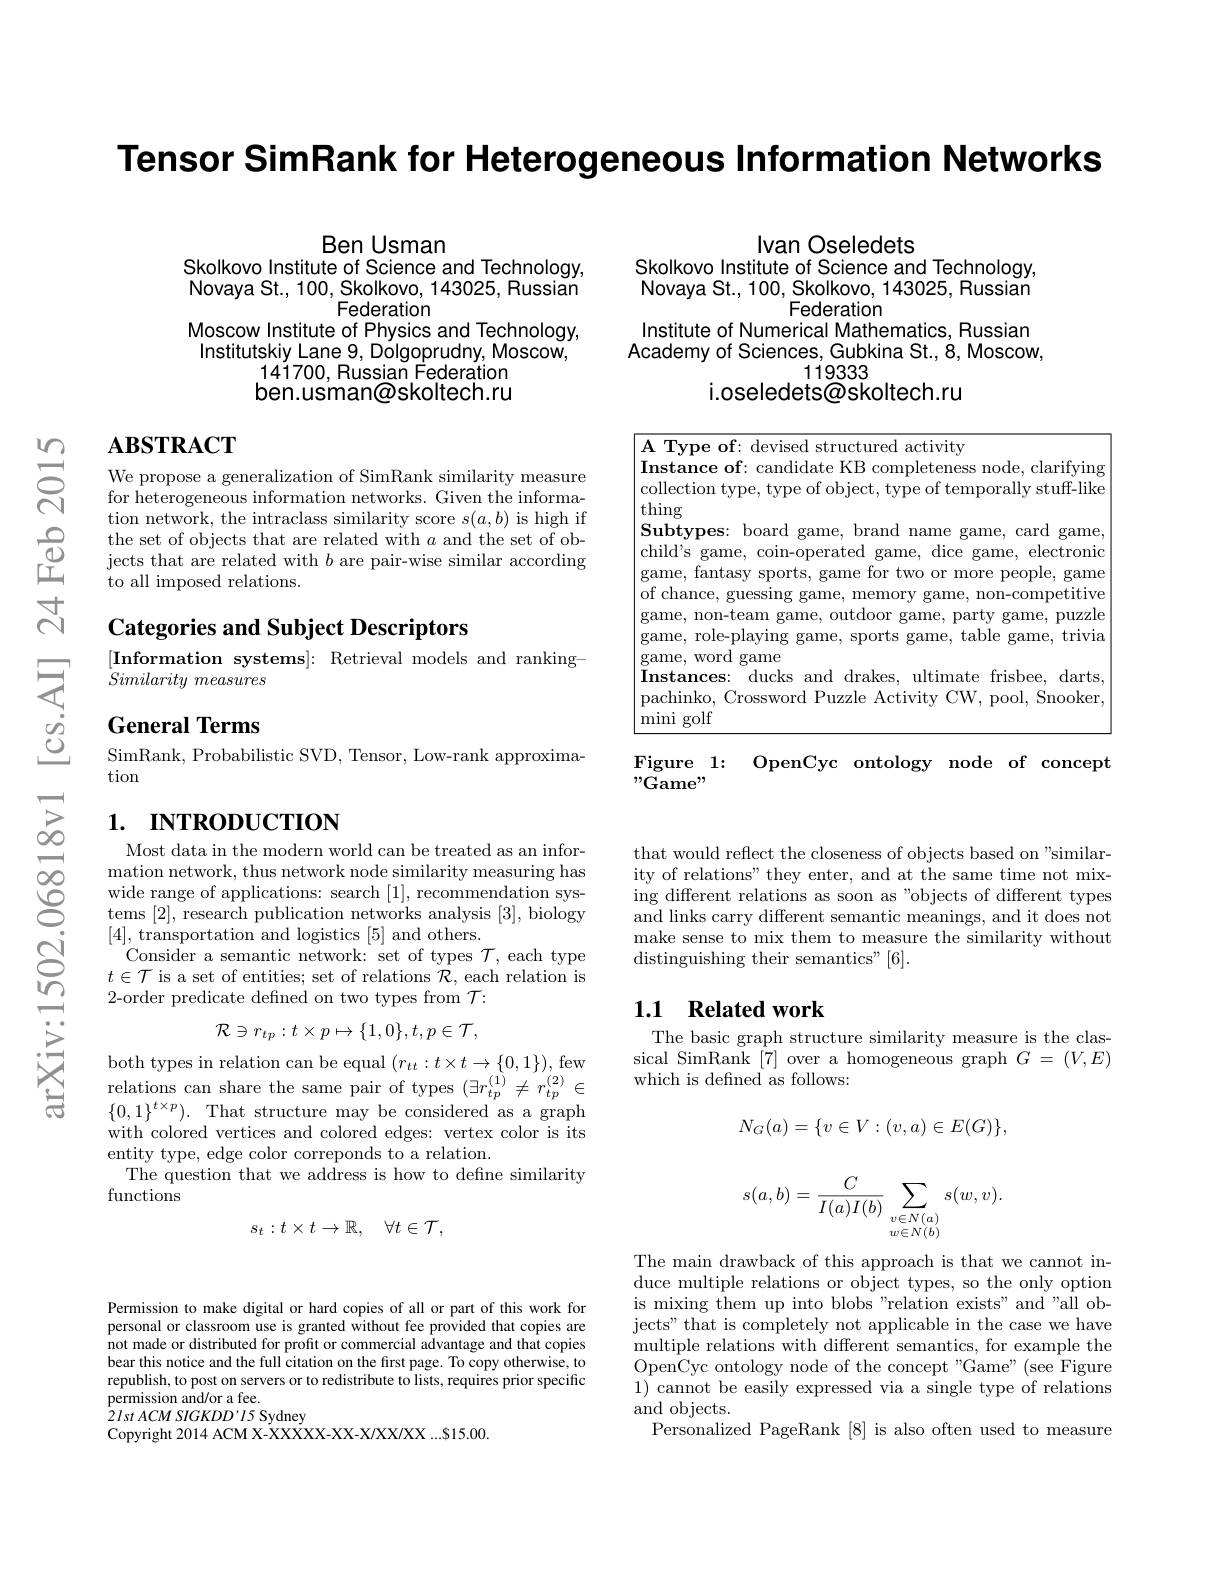
Tensor SimRank for Heteroqeneous Information Networks

$હ્રિં$

Ben Usman
Skolkovo Institute of Science and Technology, Novaya St., 100, Skolkovo, 143025, Russian
Federation
Moscow Institute of Physics and Technology, Institutskiy Lane 9, Dolgoprudny, Moscow,
$14\dot{1}700$, Russian Federation ben.usman@skoltech.ru

## $\mathbf{ABSTRACT}$

We propose a generalization of SimRank similarity measure for heterogeneous information networks. Given the information network, the intraclass similarity score $s(a,b)$ is high if
$\begin{array}{ccc}\text{ the set of objects that are related with }a\text{ and the set of ob-}\\\text{立}&\text{ jects that are related with }b\text{ are pair-wise similar according}\\\text{to all imposed relations.}\end{array}$
to all imposed relations.

Categories and Subject Descriptors

[Information systems]: Retrieval models and ranking-
$Similarity\textit{ measures}$

General Terms

SimRank, Probabilistic SVD, Tensor, Low-rank approxima-
tion

## 1. INTRODUCTION

Most data in the modern world can be treated as an information network, thus network node similarity measuring has wide range of applications: search [1], recommendation systems [2], research publication networks analysis [3], biology [4], transportation and logistics [5] and others.
Consider a semantic network: set of types $\mathcal{T}$, each type $t\in\mathcal{T}$ is a set of entities; set of relations $\mathcal{R}$, each relation is 2-order predicate defined on two types from $\mathcal{T}:$
$$\mathcal{R}\ni r_{tp}:t\times p\mapsto\{1,0\},t,p\in\mathcal{T},$$
both types in relation can be equal $( r_{tt}: t\times t\to \{ 0, 1\} ) $,few relations can share the same pair of types $( \exists r_{tp}^{( 1) }\neq r_{tp}^{( 2) }\in$ $\{ 0, 1\} ^{t\times p}) .$ That structure may be considered as a graph with colored vertices and colored edges: vertex color is its entity type, edge color correponds to a relation.
The question that we address is how to define similarity
functions
$$s_t:t\times t\to\mathbb{R},\quad\forall t\in\mathcal{T},$$
Ivan Oseledets
Skolkovo Institute of Science and Technology, Novaya St., 100, Skolkovo, 143025, Russian
Federation
Institute of Numerical Mathematics, Russian Academy of Sciences, Gubkina St., Moscow,
119333
i.oseledets@skoltech.ru

A Type of: devised structured activity
Instance of: candidate KB completeness node, clarifying $\left|\text{collection type, type of object, type of temporally stuff-like}\right|$ $\left|\begin{array}{c}\text{thing}\\\end{array}\right|$
$\boxed{\mathbf{Subtypes:~board~game,~brand~name~game,~card~game,~}}$ child's game, coin-operated game, dice game, electronic game, fantasy sports, game for two or more people, game of chance, guessing game, memory game, non-competitive game, non-team game, outdoor game, party game, puzzle game, role-playing game, sports game, table game, trivia game, word game
Instances: ducks and drakes, ultimate frisbee, darts, pachinko, Crossword Puzzle Activity CW, pool, Snooker mini golf

Figure 1: OpenCyc ontology node of concept
" Game"

that would reflect the closeness of objects based on "similarity of relations" they enter, and at the same time not mixing different relations as soon as "objects of different types and links carry different semantic meanings, and it does not make sense to mix them to measure the similarity without distinguishing their semantics" [6].

### 1.1 Related work

The basic graph structure similarity measure is the clas- $\begin{array}{l}\mathrm{sical~SimRank~[7]~over~a~homogeneous~graph~}G=(V,E)\\\mathrm{which~is~defined~as~follows:}\end{array}$
$$N_G(a)=\{v\in V:(v,a)\in E(G)\},$$
$$s(a,b)=\frac{C}{I(a)I(b)}\sum\limits_{\substack{v\in N(a)\\w\in N(b)}}s(w,v).$$
The main drawback of this approach is that we cannot induce multiple relations or object types, so the only option is mixing them up into blobs"relation exists" and"all objects" that is completely not applicable in the case we have multiple relations with different semantics, for example the OpenCyc ontology node of the concept " Game" ( see Figure) 1) cannot be easily expressed via a single type of relations and objects.
Personalized PageRank [8] is also often used to measure

Permission to make digital or hard copies of all or part of this work for personal or classroom use is granted without fee provided that copies are not made or distributed for profit or commercial advantage and that copies bear this notice and the full citation on the first page. To copy otherwise, to republish, to post on servers or to redistribute to lists, requires prior specific permission and/or a fee.
$2IstACMSIGKDD’I5$ Sydney
Copyright 2014 ACM X-XXXXX-XX-X/XX/XX...S15.00.